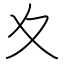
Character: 夊